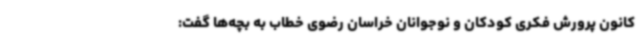
کانون پرورش فکری کودکان و نوجوانان خراسان رضوی خطاب به بچه‌ها گفت: